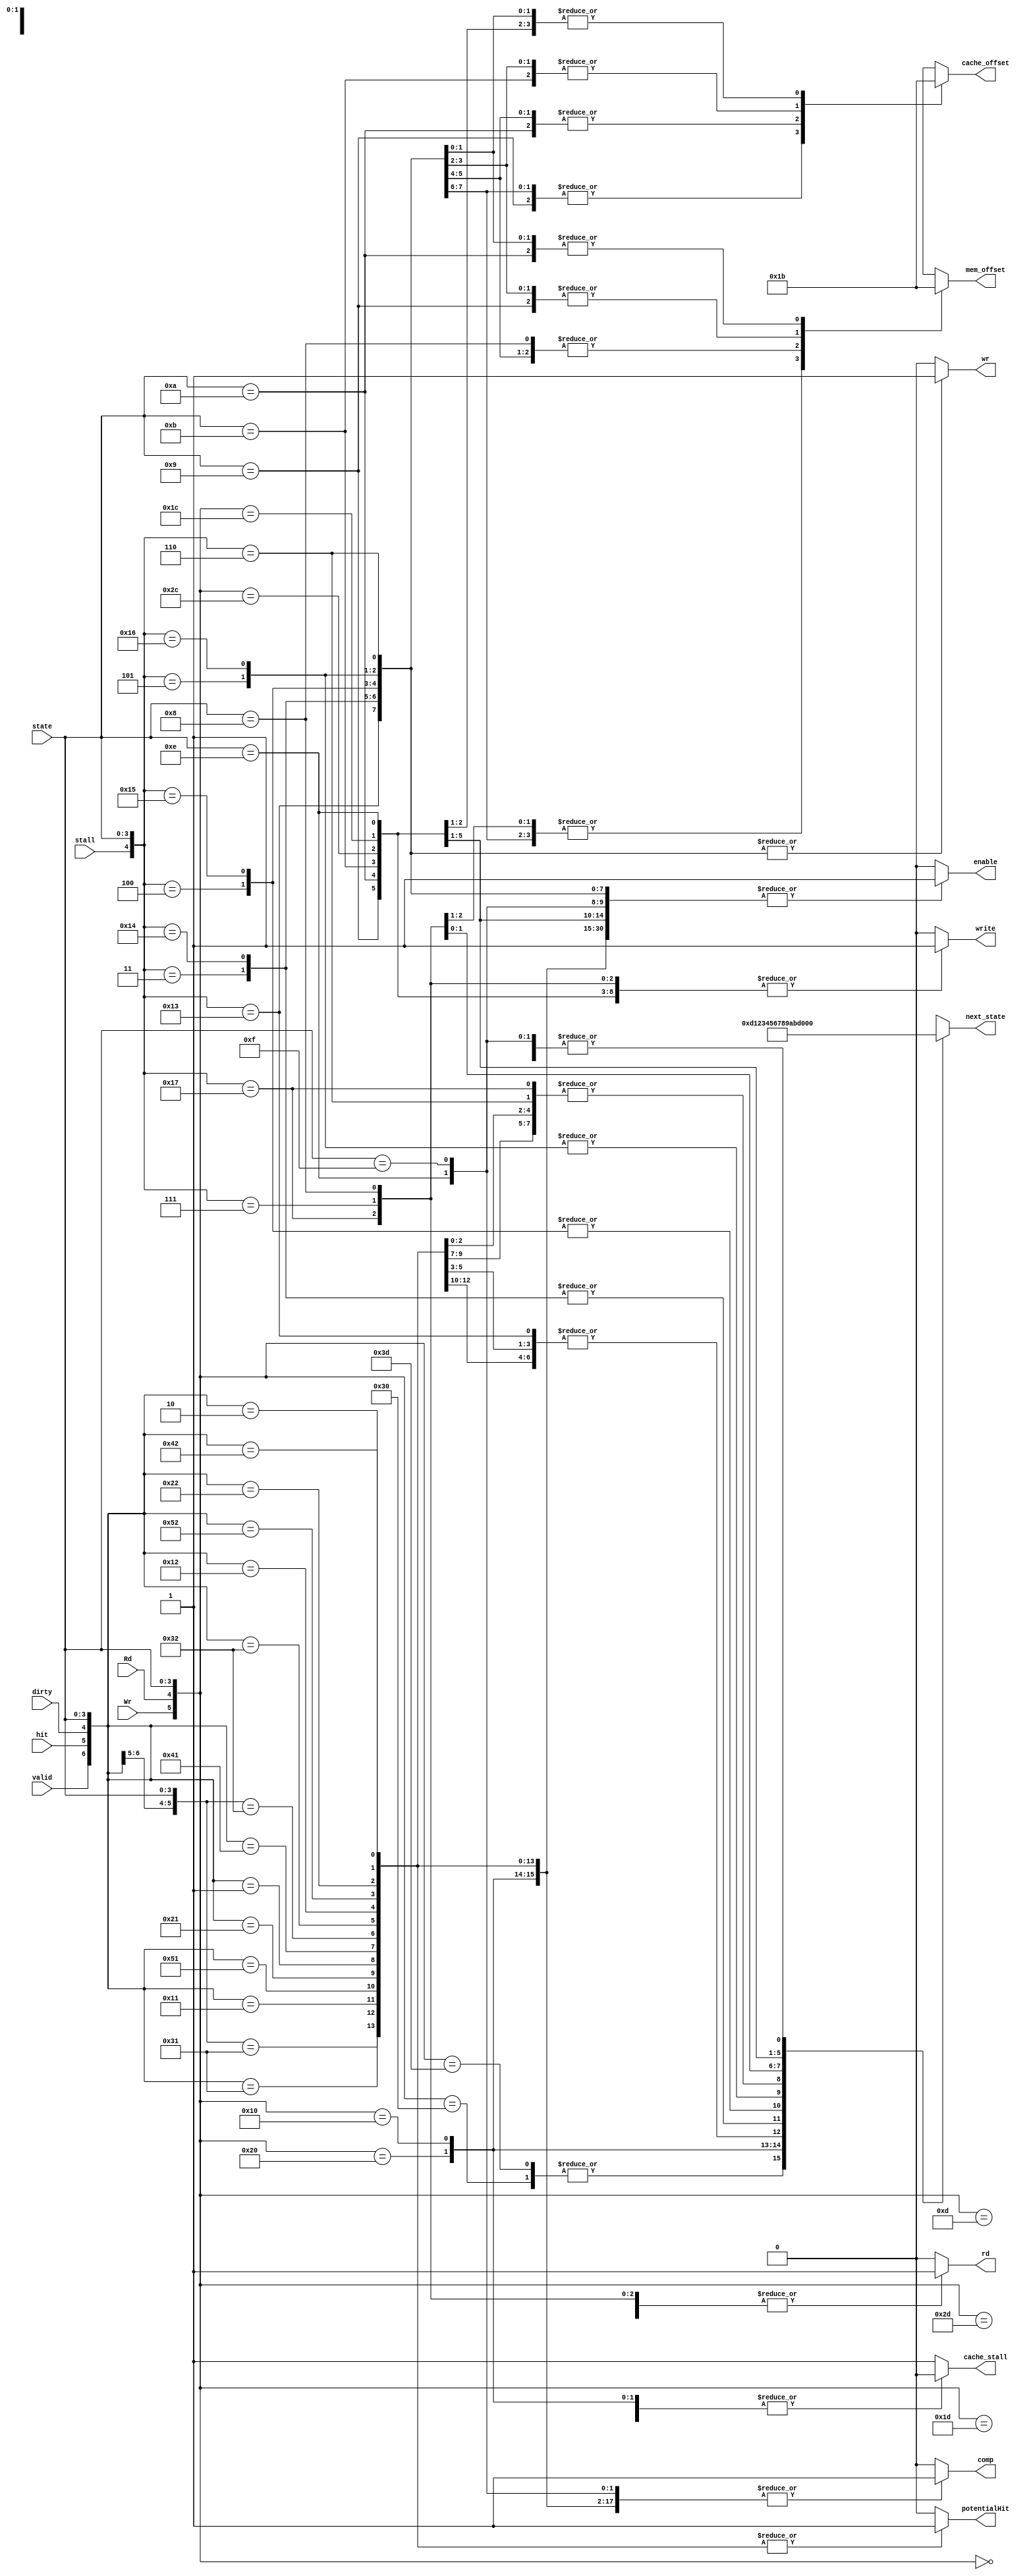
module statelogic ( // outputs
                    potentialHit,
                    next_state, 
                    // to mem
                    mem_offset,
                    wr, 
                    rd,
                    // to cache
                    cache_offset,
                    write, 
                    comp,
                    enable,
                    cache_stall,
                    // inputs
                    state, 
                    // from mem_system
                    Rd, 
                    Wr,
                    stall,
                    // from cache
                    valid, 
                    dirty, 
                    hit
);

input [3:0] state;
// from mem
input Rd, Wr, stall;
// from cache
input valid, dirty, hit; 

output [3:0] next_state;
// to Memory
output [1:0] mem_offset;
output wr, rd;
// to cache
output [1:0] cache_offset;
output write, comp, enable; 

// to mem_system
output cache_stall;
output potentialHit;

reg [3:0] next_state;
reg comp, write, enable, wr, rd;
reg [1:0] mem_offset, cache_offset;
reg cache_stall;
reg potentialHit;
//assign Out = state[2];


always @(Wr or Rd or valid or hit or dirty or stall or state)
begin
    casex({Wr,Rd,valid,hit,dirty,stall,state})
        // IDLE, Wr = 0, Rd = 0
        10'b00xxxx_0000:
        begin
            //comp <= 1'bx;
            //write <= 1'bx;
            //enable <= 1'b0;
            comp <= 1'b0; // trys to get valid, hit, dirty value for next state
            write <= 1'b0; // trys to get valid, hit, dirty value for next state
            enable <= 1'b0;
            wr <= 1'b0;
            rd <= 1'b0;
            next_state <= 4'b0000;
            mem_offset <= 2'bxx;
            cache_offset <= 2'bxx;
            cache_stall <= 1'b0;
            potentialHit <= 1'b0;
        end
        // IDLE to ERR, Wr = 1, Rd = 1
        10'b11xxxx_0000:
        begin
            //comp <= 1'bx;
            //write <= 1'bx;
            //enable <= 1'b0;
            comp <= 1'b0; // trys to get valid, hit, dirty value for next state
            write <= 1'b0; // trys to get valid, hit, dirty value for next state
            enable <= 1'b0;
            wr <= 1'b0;
            rd <= 1'b0;
            next_state <= 4'b1101;
            mem_offset <= 2'bxx;
            cache_offset <= 2'bxx;
            cache_stall <= 1'b0; 
            potentialHit <= 1'b0;
        end

        // ERR, Wr = 1, Rd = 1
        10'b11xxxx_1101:
        begin
            //comp <= 1'bx;
            //write <= 1'bx;
            //enable <= 1'b0;
            comp <= 1'b0; // trys to get valid, hit, dirty value for next state
            write <= 1'b0; // trys to get valid, hit, dirty value for next state
            enable <= 1'b0;
            wr <= 1'b0;
            rd <= 1'b0;
            next_state <= 4'b1101;
            mem_offset <= 2'bxx;
            cache_offset <= 2'bxx;
            cache_stall <= 1'b1; 
            potentialHit <= 1'b0;
        end
        // ERR to IDLE, Wr = 0, Rd = 0
        10'b00xxxx_1101:
        begin    
            //comp <= 1'bx;
            //write <= 1'bx;
            //enable <= 1'b0;
            comp <= 1'b0; // trys to get valid, hit, dirty value for next state
            write <= 1'b0; // trys to get valid, hit, dirty value for next state
            enable <= 1'b0;
            wr <= 1'b0;
            rd <= 1'b0;
            next_state <= 4'b0000;
            mem_offset <= 2'bxx;
            cache_offset <= 2'bxx;
            cache_stall <= 1'b1; 
            potentialHit <= 1'b0;
        end
        // ERR to IDLE, Wr = 1, Rd = 0
        10'b10xxxx_1101:
        begin
            //comp <= 1'bx;
            //write <= 1'bx;
            //enable <= 1'b0;
            comp <= 1'b0; // trys to get valid, hit, dirty value for next state
            write <= 1'b0; // trys to get valid, hit, dirty value for next state
            enable <= 1'b0;
            wr <= 1'b0;
            rd <= 1'b0;
            next_state <= 4'b0000;
            mem_offset <= 2'bxx;
            cache_offset <= 2'bxx;
            cache_stall <= 1'b1; 
            potentialHit <= 1'b0;
        end
        // ERR to IDLE, Wr = 0, Rd = 1
        10'b01xxxx_1101:
        begin
            //comp <= 1'bx;
            //write <= 1'bx;
            //enable <= 1'b0;
            comp <= 1'b0; // trys to get valid, hit, dirty value for next state
            write <= 1'b0; // trys to get valid, hit, dirty value for next state
            enable <= 1'b0;
            wr <= 1'b0;
            rd <= 1'b0;
            next_state <= 4'b0000;
            mem_offset <= 2'bxx;
            cache_offset <= 2'bxx;
            cache_stall <= 1'b1; 
            potentialHit <= 1'b0;
        end


        // IDLE to WR
        10'b10xxxx_0000:
        begin   
            //comp <= 1'bx;
            //write <= 1'bx;
            //enable <= 1'b0;
            comp <= 1'b1; // trys to get valid, hit, dirty value for next state
            write <= 1'b0; // trys to get valid, hit, dirty value for next state
            enable <= 1'b1;
            wr <= 1'b0;
            rd <= 1'b0;
            next_state <= 4'b0001;
            mem_offset <= 2'bxx;
            cache_offset <= 2'bxx;
            cache_stall <= 1'b0; 
            potentialHit <= 1'b0;
        end
        // IDLE to RD
        10'b01xxxx_0000:
        begin
            //comp <= 1'bx;
            //write <= 1'bx;
            //enable <= 1'b0;
            comp <= 1'b1; // trys to get valid, hit, dirty value for next state
            write <= 1'b0; // trys to get valid, hit, dirty value for next state
            enable <= 1'b1;
            wr <= 1'b0;
            rd <= 1'b0;
            next_state <= 4'b0010;
            mem_offset <= 2'bxx;
            cache_offset <= 2'bxx;
            cache_stall <= 1'b0; 
            potentialHit <= 1'b0;
        end
        // WR to IDLE, valid = 1, hit = 1
        10'bxx11xx_0001:
        begin
            comp <= 1'b1;
            write <= 1'b1;
            enable <= 1'b1;
            wr <= 1'b0;
            rd <= 1'b0;
            next_state <= 4'b0000;
            mem_offset <= 2'bxx;
            cache_offset <= 2'bxx;
            cache_stall <= 1'b1; 
            potentialHit <= 1'b1;
        end

        // WR to WB_W1, valid = 0, hit = 1
        10'bxx011x_0001:
        begin
            comp <= 1'b1;
            write <= 1'b1;
            enable <= 1'b1;
            wr <= 1'b0;
            rd <= 1'b0;
            next_state <= 4'b0011;
            mem_offset <= 2'bxx;
            cache_offset <= 2'bxx;
            cache_stall <= 1'b1; 
            potentialHit <= 1'b1;
        end
        // WR to WB_W1, valid = 0, hit = 0
        10'bxx001x_0001:
        begin    
            comp <= 1'b1;
            write <= 1'b1;
            enable <= 1'b1;
            wr <= 1'b0;
            rd <= 1'b0;
            next_state <= 4'b0011;
            mem_offset <= 2'bxx;
            cache_offset <= 2'bxx;
            cache_stall <= 1'b1; 
            potentialHit <= 1'b1;
        end
        // WR to WB_W1, valid = 1, hit = 0
        10'bxx101x_0001:
        begin    
            comp <= 1'b1;
            write <= 1'b1;
            enable <= 1'b1;
            wr <= 1'b0;
            rd <= 1'b0;
            next_state <= 4'b0011;
            mem_offset <= 2'bxx;
            cache_offset <= 2'bxx;
            cache_stall <= 1'b1; 
            potentialHit <= 1'b1;
        end
        

        // WR to RD_MEM0, valid = 0, hit = 1, dirty = 0
        10'bxx010x_0001:
        begin    
            comp <= 1'b1;
            write <= 1'b1;
            enable <= 1'b1;
            wr <= 1'b0;
            rd <= 1'b0;
            next_state <= 4'b0111;
            mem_offset <= 2'bxx;
            cache_offset <= 2'bxx;
            cache_stall <= 1'b1; 
            potentialHit <= 1'b1;
        end
        // WR to RD_MEM0, valid = 0, hit = 0, dirty = 0
        10'bxx000x_0001:
        begin    
            comp <= 1'b1;
            write <= 1'b1;
            enable <= 1'b1;
            wr <= 1'b0;
            rd <= 1'b0;
            next_state <= 4'b0111;
            mem_offset <= 2'bxx;
            cache_offset <= 2'bxx;
            cache_stall <= 1'b1; 
            potentialHit <= 1'b1;
        end
        // WR to RD_MEM0, valid = 1, hit = 0, dirty = 0
        10'bxx100x_0001:
        begin    
            comp <= 1'b1;
            write <= 1'b1;
            enable <= 1'b1;
            wr <= 1'b0;
            rd <= 1'b0;
            next_state <= 4'b0111;
            mem_offset <= 2'bxx;
            cache_offset <= 2'bxx;
            cache_stall <= 1'b1; 
            potentialHit <= 1'b1;
        end
        

        // RD to IDLE, valid = 1, hit = 1
        // 04/19 10'bxx110x_0010: if it is hit, dont care about dirty.
        10'bxx11xx_0010:
        begin    
            comp <= 1'b1;
            write <= 1'b0;
            enable <= 1'b1;
            wr <= 1'b0;
            rd <= 1'b0;
            next_state <= 4'b0000;
            mem_offset <= 2'bxx;
            cache_offset <= 2'bxx;
            cache_stall <= 1'b1; 
            potentialHit <= 1'b1;
        end

        // RD to WB_W1, valid = 0, hit = 1
        10'bxx011x_0010:
        begin
            comp <= 1'b1;
            write <= 1'b0;
            enable <= 1'b1;
            wr <= 1'b0;
            rd <= 1'b0;
            next_state <= 4'b0011;
            mem_offset <= 2'bxx;
            cache_offset <= 2'bxx;
            cache_stall <= 1'b1; 
            potentialHit <= 1'b1;
        end
        // RD to WB_W1, valid = 0, hit = 0
        10'bxx001x_0010:
        begin    
            comp <= 1'b1;
            write <= 1'b0;
            enable <= 1'b1;
            wr <= 1'b0;
            rd <= 1'b0;
            next_state <= 4'b0011;
            mem_offset <= 2'bxx;
            cache_offset <= 2'bxx;
            cache_stall <= 1'b1; 
            potentialHit <= 1'b1;
        end
        // RD to WB_W1, valid = 1, hit = 0
        10'bxx101x_0010:
        begin    
            comp <= 1'b1;
            write <= 1'b0;
            enable <= 1'b1;
            wr <= 1'b0;
            rd <= 1'b0;
            next_state <= 4'b0011;
            mem_offset <= 2'bxx;
            cache_offset <= 2'bxx;
            cache_stall <= 1'b1; 
            potentialHit <= 1'b1;
        end

        // RD to RD_MEM0, valid = 0, hit = 1, dirty = 0
        10'bxx010x_0010:
        begin    
            comp <= 1'b1;
            write <= 1'b0;
            enable <= 1'b1;
            wr <= 1'b0;
            rd <= 1'b0;
            next_state <= 4'b0111;
            mem_offset <= 2'bxx;
            cache_offset <= 2'bxx;
            cache_stall <= 1'b1; 
            potentialHit <= 1'b1;
        end
        // RD to RD_MEM0, valid = 0, hit = 0, dirty = 0
        10'bxx000x_0010:
        begin
            comp <= 1'b1;
            write <= 1'b0;
            enable <= 1'b1;
            wr <= 1'b0;
            rd <= 1'b0;
            next_state <= 4'b0111;
            mem_offset <= 2'bxx;
            cache_offset <= 2'bxx;
            cache_stall <= 1'b1; 
            potentialHit <= 1'b1;
        end
        // RD to RD_MEM0, valid = 1, hit = 0, dirty = 0
        10'bxx100x_0010:
        begin    
            comp <= 1'b1;
            write <= 1'b0;
            enable <= 1'b1;
            wr <= 1'b0;
            rd <= 1'b0;
            next_state <= 4'b0111;
            mem_offset <= 2'bxx;
            cache_offset <= 2'bxx;
            cache_stall <= 1'b1; 
            potentialHit <= 1'b1;
        end 
        // casex({Wr,Rd,valid,hit,dirty,busy,state})
        // WB_W1 w/ stall = 1;
        10'bxxxxx1_0011:
        begin    
            comp <= 1'b0;
            write <= 1'b0;
            enable <= 1'b1;
            wr <= 1'b1;
            rd <= 1'b0;
            next_state <= 4'b0011;
            mem_offset <= 2'b00;
            cache_offset <= 2'b00;
            cache_stall <= 1'b1; 
            potentialHit <= 1'b0;
        end
        // WB_W1 to WB_W2, stall = 0
        10'bxxxxx0_0011:
        begin    
            comp <= 1'b0;
            write <= 1'b0;
            enable <= 1'b1;
            wr <= 1'b1;
            rd <= 1'b0;
            next_state <= 4'b0100;
            mem_offset <= 2'b00;
            cache_offset <= 2'b00;
            cache_stall <= 1'b1; 
            potentialHit <= 1'b0;
        end
        // WB_W2 w/ stall = 1
        10'bxxxxx1_0100:
        begin    
            comp <= 1'b0;
            write <= 1'b0;
            enable <= 1'b1;
            wr <= 1'b1;
            rd <= 1'b0;
            next_state <= 4'b0100;
            mem_offset <= 2'b01;
            cache_offset <= 2'b01;
            cache_stall <= 1'b1; 
            potentialHit <= 1'b0;
        end
        // WB_W2 to WB_W3, stall = 0
        10'bxxxxx0_0100:
        begin    
            comp <= 1'b0;
            write <= 1'b0;
            enable <= 1'b1;
            wr <= 1'b1;
            rd <= 1'b0;
            next_state <= 4'b0101;
            mem_offset <= 2'b01;
            cache_offset <= 2'b01;
            cache_stall <= 1'b1; 
            potentialHit <= 1'b0;
        end
        // WB_W3, stall = 1
        10'bxxxxx1_0101:
        begin    
            comp <= 1'b0;
            write <= 1'b0;
            enable <= 1'b1;
            wr <= 1'b1;
            rd <= 1'b0;
            next_state <= 4'b0101;
            mem_offset <= 2'b10;
            cache_offset <= 2'b10;
            cache_stall <= 1'b1; 
            potentialHit <= 1'b0;
        end
        // WB_W3 to WB_W4, stall = 0
        10'bxxxxx0_0101:
        begin    
            comp <= 1'b0;
            write <= 1'b0;
            enable <= 1'b1;
            wr <= 1'b1;
            rd <= 1'b0;
            next_state <= 4'b0110;
            mem_offset <= 2'b10;
            cache_offset <= 2'b10;
            cache_stall <= 1'b1; 
            potentialHit <= 1'b0;
        end
        // TODO: not sure if busy = 1. need to stay here 
        // since later read will accessing different banks 
        // of memory from the bank it is currently writing
        //
        // WB_W4, stall = 1
        10'bxxxxx1_0110:
        begin    
            comp <= 1'b0;
            write <= 1'b0;
            enable <= 1'b1;
            wr <= 1'b1;
            rd <= 1'b0;
            next_state <= 4'b0110;
            mem_offset <= 2'b11;
            cache_offset <= 2'b11;
            cache_stall <= 1'b1; 
            potentialHit <= 1'b0;
        end
        // wb_w4, stall = 0
        10'bxxxxx0_0110:
        begin    
            comp <= 1'b0;
            write <= 1'b0;
            enable <= 1'b1;
            wr <= 1'b1;
            rd <= 1'b0;
            next_state <= 4'b0111;
            mem_offset <= 2'b11;
            cache_offset <= 2'b11;
            cache_stall <= 1'b1; 
            potentialHit <= 1'b0;
        end
        // TODO: should i disable `enable for cache??`
        // will that affect mem's behavior?? 
        // RD_MEM0 w/ stall = 1
        10'bxxxxx1_0111:
        begin    
            comp <= 1'b0;
            write <= 1'b1;
            enable <= 1'b0;
            wr <= 1'b0;
            rd <= 1'b1;
            next_state <= 4'b0111;
            mem_offset <= 2'b00;
            cache_offset <= 2'bxx;
            cache_stall <= 1'b1; 
            potentialHit <= 1'b0;
        end
        // RD_MEM0 w/ stall = 0
        10'bxxxxx0_0111:
        begin    
            comp <= 1'b0;
            write <= 1'b1;
            enable <= 1'b0;
            wr <= 1'b0;
            rd <= 1'b1;
            next_state <= 4'b1000;
            mem_offset <= 2'b00;
            cache_offset <= 2'bxx;
            cache_stall <= 1'b1; 
            potentialHit <= 1'b0;
        end
        // TODO: should i disable `enable for cache??`
        // will that affect mem's behavior?? 
        // RD_MEM1
        10'bxxxxxx_1000:
        begin    
            comp <= 1'b0;
            write <= 1'b1;
            enable <= 1'b0;
            wr <= 1'b0;
            rd <= 1'b1;
            next_state <= 4'b1001;
            mem_offset <= 2'b01;
            cache_offset <= 2'bxx;
            cache_stall <= 1'b1; 
            potentialHit <= 1'b0;
        end
        // rd_mem2 & wr_cache0
        10'bxxxxxx_1001:
        begin    
            comp <= 1'b0;
            write <= 1'b1;
            enable <= 1'b1;
            wr <= 1'b0;
            rd <= 1'b1;
            next_state <= 4'b1010;
            mem_offset <= 2'b10;
            cache_offset <= 2'b00;
            cache_stall <= 1'b1; 
            potentialHit <= 1'b0;
        end
        // rd_mem3 & wr_cache1
        // TODO: more handle for stall here??
        10'bxxxxxx_1010:
        begin    
            comp <= 1'b0;
            write <= 1'b1;
            enable <= 1'b1;
            wr <= 1'b0;
            rd <= 1'b1;
            next_state <= 4'b1011;
            mem_offset <= 2'b11;
            cache_offset <= 2'b01;
            cache_stall <= 1'b1; 
            potentialHit <= 1'b0;
        end
        // wr_cache2
        10'bxxxxxx_1011:
        begin    
            comp <= 1'b0;
            write <= 1'b1;
            enable <= 1'b1;
            wr <= 1'b0;
            rd <= 1'b0;
            next_state <= 4'b1100;
            mem_offset <= 2'bxx;
            cache_offset <= 2'b10;
            cache_stall <= 1'b1; 
            potentialHit <= 1'b0;
        end
        // wr_cache3 to wr
        10'b10xxxx_1100:
        begin    
            comp <= 1'b0;
            write <= 1'b1;
            enable <= 1'b1;
            wr <= 1'b0;
            rd <= 1'b0;
            next_state <= 4'b1110;
            mem_offset <= 2'bxx;
            cache_offset <= 2'b11;
            cache_stall <= 1'b1; 
            potentialHit <= 1'b0;
        end
        // wr_cache3 to rd
        10'b01xxxx_1100:
        begin    
            comp <= 1'b0;
            write <= 1'b1;
            enable <= 1'b1;
            wr <= 1'b0;
            rd <= 1'b0;
            next_state <= 4'b1111;
            mem_offset <= 2'bxx;
            cache_offset <= 2'b11;
            cache_stall <= 1'b1; 
            potentialHit <= 1'b0;
        end



        // WR_NOT_HIT
        10'bxxxxxx_1110:
        begin    
            comp <= 1'b1;
            write <= 1'b1;
            enable <= 1'b1;
            wr <= 1'b0;
            rd <= 1'b0;
            next_state <= 4'b0000;
            mem_offset <= 2'bxx;
            cache_offset <= 2'bxx;
            cache_stall <= 1'b1; 
            potentialHit <= 1'b0;
        end


        // RD_NOT_HIT
        10'bxxxxxx_1111:
        begin    
            comp <= 1'b1;
            write <= 1'b0;
            enable <= 1'b1;
            wr <= 1'b0;
            rd <= 1'b0;
            next_state <= 4'b0000;
            mem_offset <= 2'bxx;
            cache_offset <= 2'bxx;
            cache_stall <= 1'b1; 
            potentialHit <= 1'b0;
        end


        default:
        begin    
            comp <= 1'b0;
            write <= 1'b0;
            enable <= 1'b0;
            wr <= 1'b0;
            rd <= 1'b0;
            next_state <= 4'bxxxx;
            mem_offset <= 2'bxx;
            cache_offset <= 2'bxx;
            cache_stall <= 1'b1; 
            potentialHit <= 1'b0;
        end
    endcase
end

endmodule